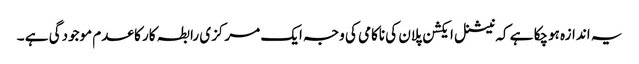
یہ اندازہ ہوچکا ہے کہ نیشنل ایکشن پلان کی ناکامی کی وجہ ایک مرکزی رابطہ کار کا عدم موجودگی ہے ۔